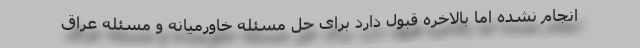
انجام نشده اما بالاخره قبول دارد برای حل مسئله خاورمیانه و مسئله عراق